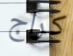
كراج